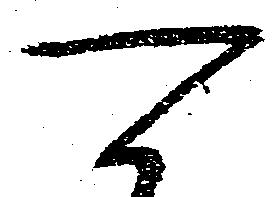
可